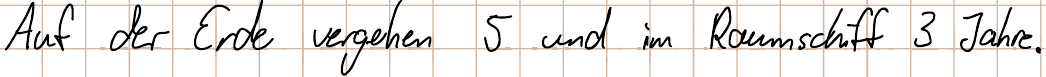
Auf der Erde vergehen 5 und im Raumschiff 3 Jahre.